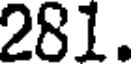
281.